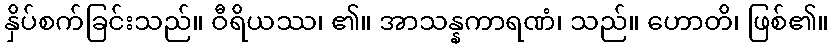
နှိပ်စက်ခြင်းသည်။ ဝီရိယဿ၊ ၏။ အာသန္နကာရဏံ၊ သည်။ ဟောတိ၊ ဖြစ်၏။